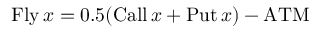
\operatorname { F l y } x = 0 . 5 ( \operatorname { C a l l } x + \operatorname { P u t } x ) - \mathrm { A T M }